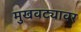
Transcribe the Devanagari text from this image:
मुखवट्यावर